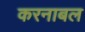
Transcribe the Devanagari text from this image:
करनाबल